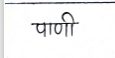
मजकूर: पाणी